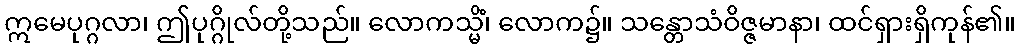
ဣမေပုဂ္ဂလာ၊ ဤပုဂ္ဂိုလ်တို့သည်။ လောကသ္မိံ၊ လောက၌။ သန္တောသံဝိဇ္ဇမာနာ၊ ထင်ရှားရှိကုန်၏။